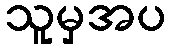
သူမှအပ